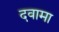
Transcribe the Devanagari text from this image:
दवामा